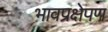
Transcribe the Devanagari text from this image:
भावप्रक्षेपण